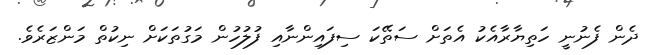
ދެން ފެނުނީ ހަތިޔާރާއެކު އެތަށް ސަތޭކަ ސިފައިންނާއި ފުލުހުން މަގުތަކަށް ނިކުތް މަންޒަރެވެ.